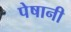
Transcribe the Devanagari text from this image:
पेषानी